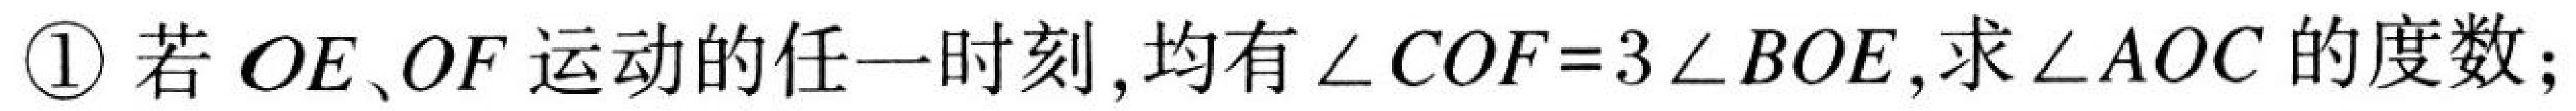
\textcircled{1} 若 \(OE\)、\(OF\) 运动的任一时刻, 均有 \(\angle COF = 3\angle BOE\),求 \(\angle AOC\) 的度数;